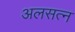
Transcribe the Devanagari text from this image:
अलसत्न